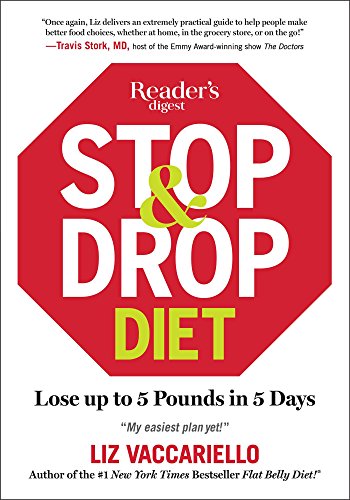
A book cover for Stop & Drop Diet: Lose up to 5 lbs in 5 days; Liz Vaccariello; Health, Fitness & Dieting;